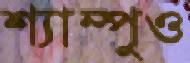
শ্যাম্পুও